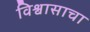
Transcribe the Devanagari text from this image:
विश्वासाचा